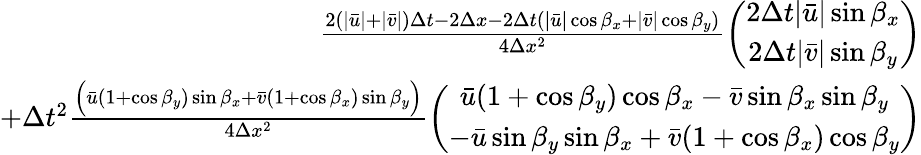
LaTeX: \begin{array}{r}{\frac{2(|\bar{u}|+|\bar{v}|)\Delta t-2\Delta x-2\Delta t(|\bar{u}|\cos\beta_{x}+|\bar{v}|\cos\beta_{y})}{4\Delta x^{2}}\left(\begin{array}{c}{2\Delta t|\bar{u}|\sin\beta_{x}}\\ {2\Delta t|\bar{v}|\sin\beta_{y}}\end{array}\right)}\\ {+\Delta t^{2}\frac{\Big(\bar{u}(1+\cos\beta_{y})\sin\beta_{x}+\bar{v}(1+\cos\beta_{x})\sin\beta_{y}\Big)}{4\Delta x^{2}}\left(\begin{array}{c}{\bar{u}(1+\cos\beta_{y})\cos\beta_{x}-\bar{v}\sin\beta_{x}\sin\beta_{y}}\\ {-\bar{u}\sin\beta_{y}\sin\beta_{x}+\bar{v}(1+\cos\beta_{x})\cos\beta_{y}}\end{array}\right)}\end{array}